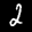
Label: 2